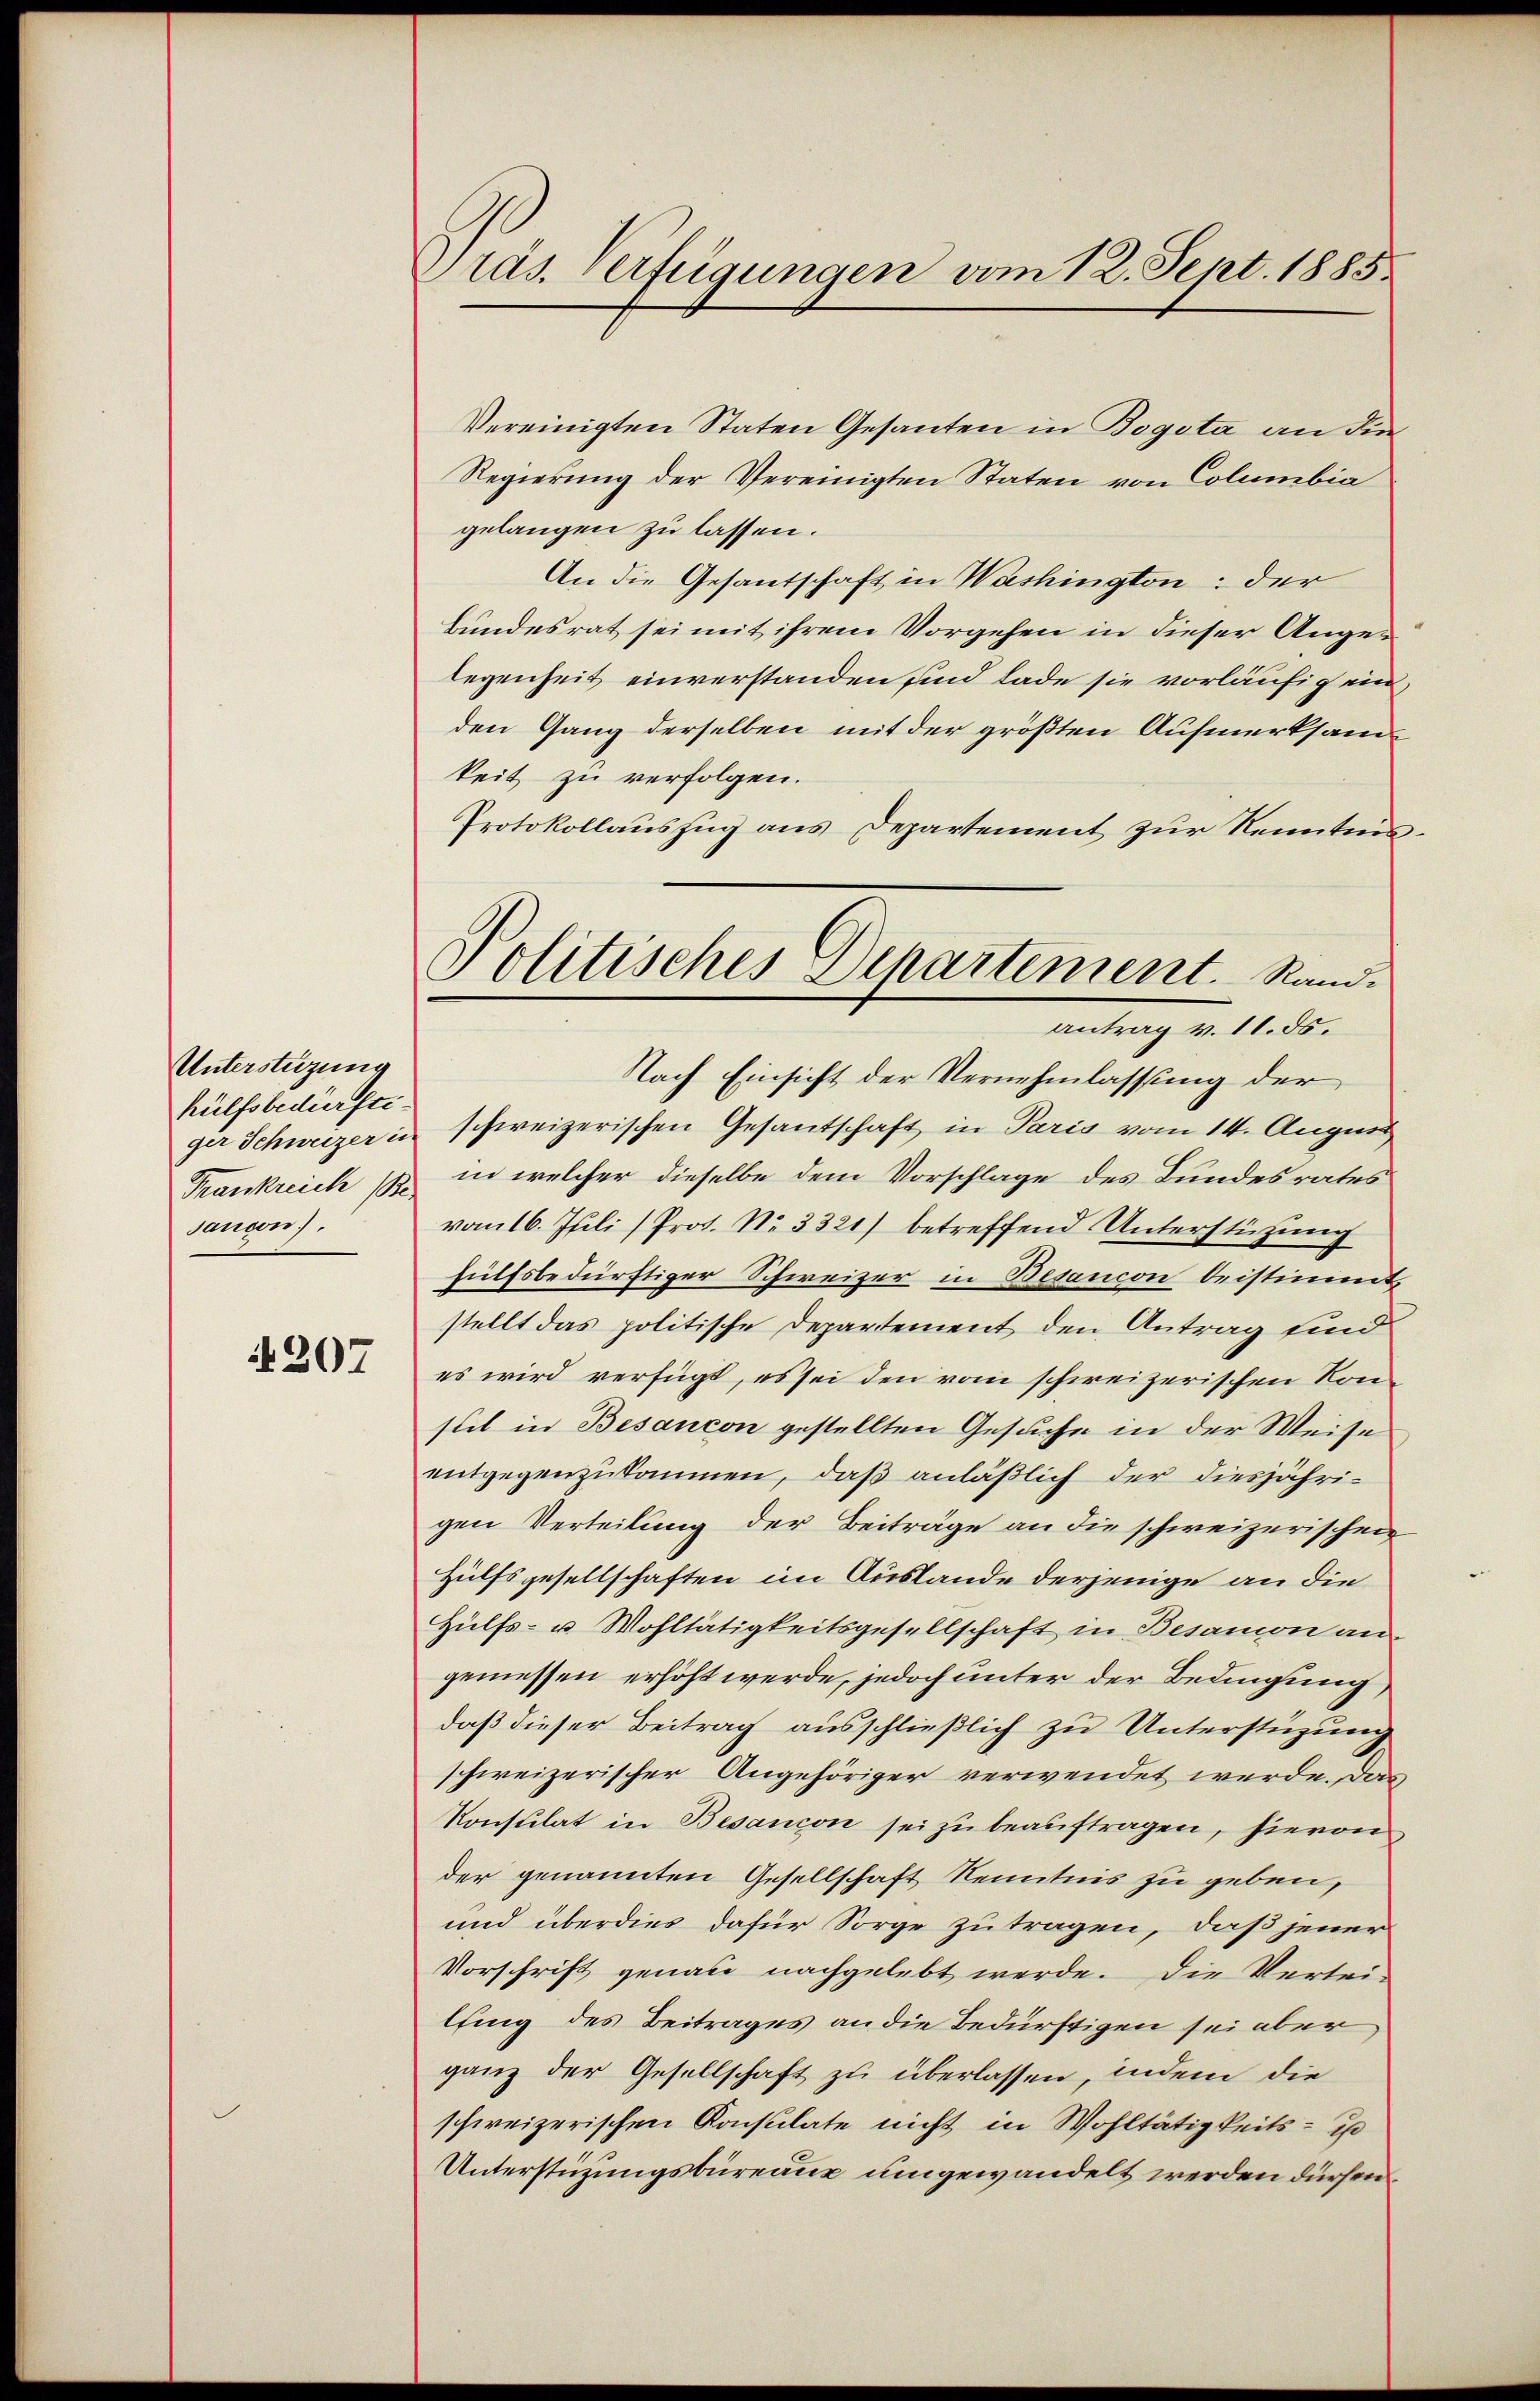
Unterstützung
hülfsbedürftiger Schweizer in
Frankreich (Be.
Jancon).

4207

Präs. Verfügungen vom 12. Sept. 1885.

Politisches Departement. Rand.
antrag v. 11. ds.

Vereinigten Staten Gesanten in Bogota an die
Regierung der Vereinigten Staten von Columbia
gelangen zu lassen.
An die Gesantschaft in Washington: der
bundesrat sei mit ihrem Vorgehen in dieser Angelegenheit einverstanden sind lade sie vorläufig ein,
den Gang derselben mit der größten Aufmerksam
keit zu verfolgen.
Protokollaŭszŭg ans Departement zŭr Kenntnis.
Nach Einsicht der Vernehmlassung der
schweizerischen Gesantschaft in Paris vom 14. August
in welcher dieselbe dem Vorschlage des Bundesrates
vom 16. Juli (Prot. No 3321) betreffend Unterstützung
hülfsbedürftiger Schweizer in Besancon beistimmt,
stellt das politische Departement den Antrag sind
es wird verfügt, es sei den vom schweizerischen Konseil in Besancon gestellten Gesuche in der Weise
entgegenzukommen, daß anläßlich der diesjährigen Verteilung der Beiträge an die schweizerischen
Hülfsgesellschaften im Auslande derjenige an die
Hülfs- u. Wohltätigkeitsgesellschaft in Besamon an
gemessen erhöht werde, jedoch unter der Bedingung,
daß dieser Beitrag ausschließlich zu Unterstüzung
schweizerischer Angehöriger verwendet werde. Das
Konsulat in Besancon sei zu beauftragen, hievon
der genannten Gesellschaft Kenntnis zu geben,
und überdies dafür Sorge zu tragen, daß jener
Vorschrift genau nachgelebt werde. Die Vertei-
lfing des Beitrages an die Bedürftigen sei aber
ganz der Gesellschaft zu überlassen, indem die
schweizerischen Konsulate nicht in Wohltätigkeits - i
Unterstüzungsbureau umgewandelt werden dürfen.